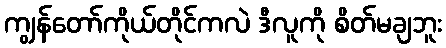
ကျွန်တော်ကိုယ်တိုင်ကလဲ ဒီလူကို စိတ်မချဘူး